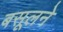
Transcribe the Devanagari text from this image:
बसूलने